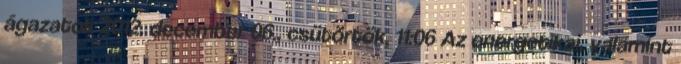
ágazatok 2012. december 06., csütörtök, 11:06 Az energetikai, valamint